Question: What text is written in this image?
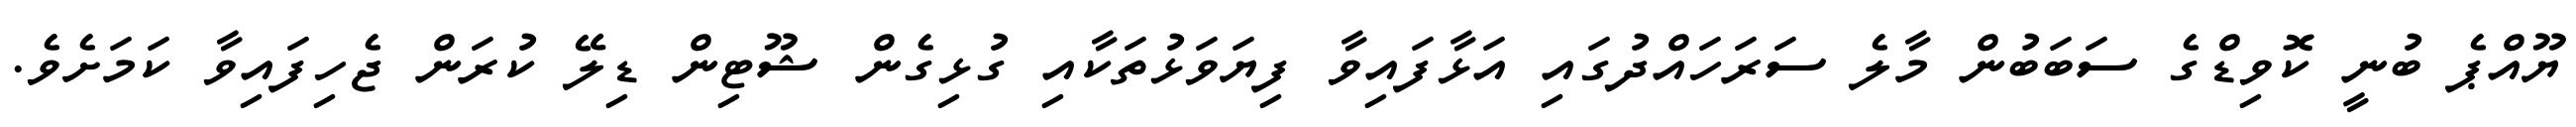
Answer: ޔޫއްޕެ ބުނީ ކޮވިޑްގެ ސަބަބުން މާލެ ސަރަހައްދުގައި އަޅާފައިވާ ފިޔަވަޅުތަކާއި ގުޅިގެން ޝޫޓިން ޑިލޭ ކުރަން ޖެހިފައިވާ ކަމަށެވެ.